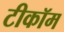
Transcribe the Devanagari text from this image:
टीकॉम